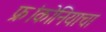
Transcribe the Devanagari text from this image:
फ्रांकोनियाचा